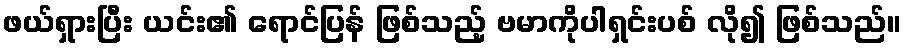
ဖယ်ရှားပြီး ယင်း၏ ရောင်ပြန် ဖြစ်သည့် ဗမာကိုပါရှင်းပစ် လို၍ ဖြစ်သည်။